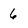
Character: 6